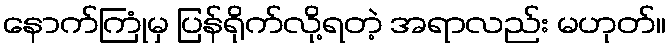
နောက်ကြုံမှ ပြန်ရိုက်လို့ရတဲ့ အရာလည်း မဟုတ်။